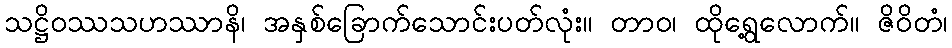
သဋ္ဌိဝဿသဟဿာနိ၊ အနှစ်ခြောက်သောင်းပတ်လုံး။ တာဝ၊ ထိုရွေ့လောက်။ ဇိဝိတံ၊